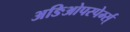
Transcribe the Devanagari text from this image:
अङिओपस्पेर्म्स्